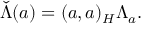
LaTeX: \check { \Lambda } ( a ) = { ( a , a ) _ { \c H } } \Lambda _ { a } .